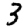
Digit: 3